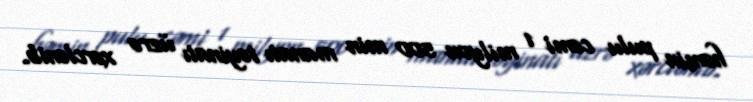
həmin pulu cəmi 1 milyon 500 min manatı təyinatı üzrə xərclənib.